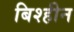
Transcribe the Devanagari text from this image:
बिश्हीन